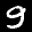
Label: 9